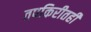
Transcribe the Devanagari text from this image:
तपकिरीतही